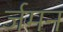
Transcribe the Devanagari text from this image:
र्जमन